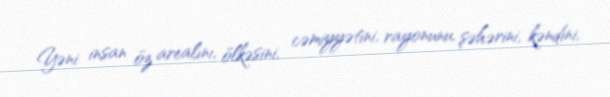
Yəni insan öz arealını, ölkəsini, cəmiyyətini, rayonunu, şəhərini, kəndini,